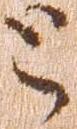
と